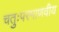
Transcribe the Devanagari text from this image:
चतुःपरमाणवीय